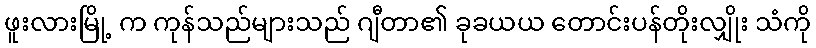
ဖူးလားမြို့ က ကုန်သည်များသည် ဂျီတာ၏ ခုခယယ တောင်းပန်တိုးလျှိုး သံကို